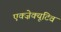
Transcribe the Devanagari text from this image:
एक्ज़ेक्यूटिव